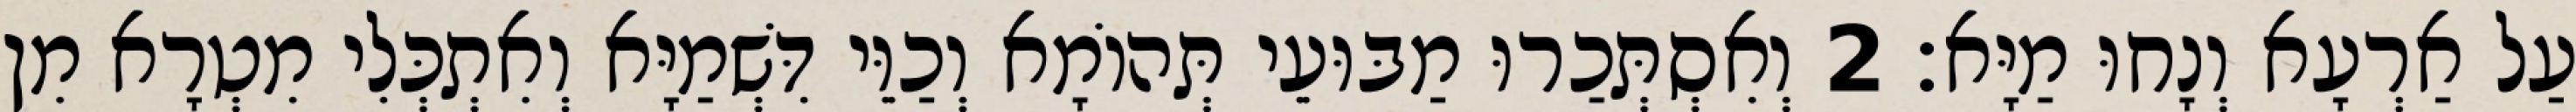
עַל אַרְעָא וְנָחוּ מַיָּא׃ 2 וְאִסְתְּכַרוּ מַבּוּעֵי תְּהוֹמָא וְכַוֵּי דִּשְׁמַיָּא וְאִתְכְּלִי מִטְרָא מִן